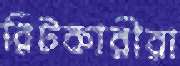
রিটকারীরা